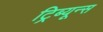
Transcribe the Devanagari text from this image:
ट्रिब्यून्स